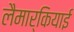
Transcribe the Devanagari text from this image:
लैमार्कियाई